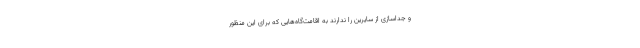
و جداسازی از سایرین را ندارند به اقامت‌گاه‌هایی که برای این منظور